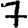
Digit: 7